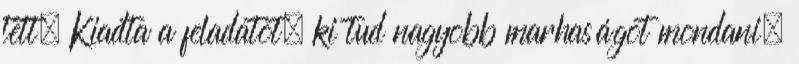
tett. Kiadta a feladatot, ki tud nagyobb marhaságot mondani.